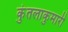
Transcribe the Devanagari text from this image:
कुंतलाकुमारी